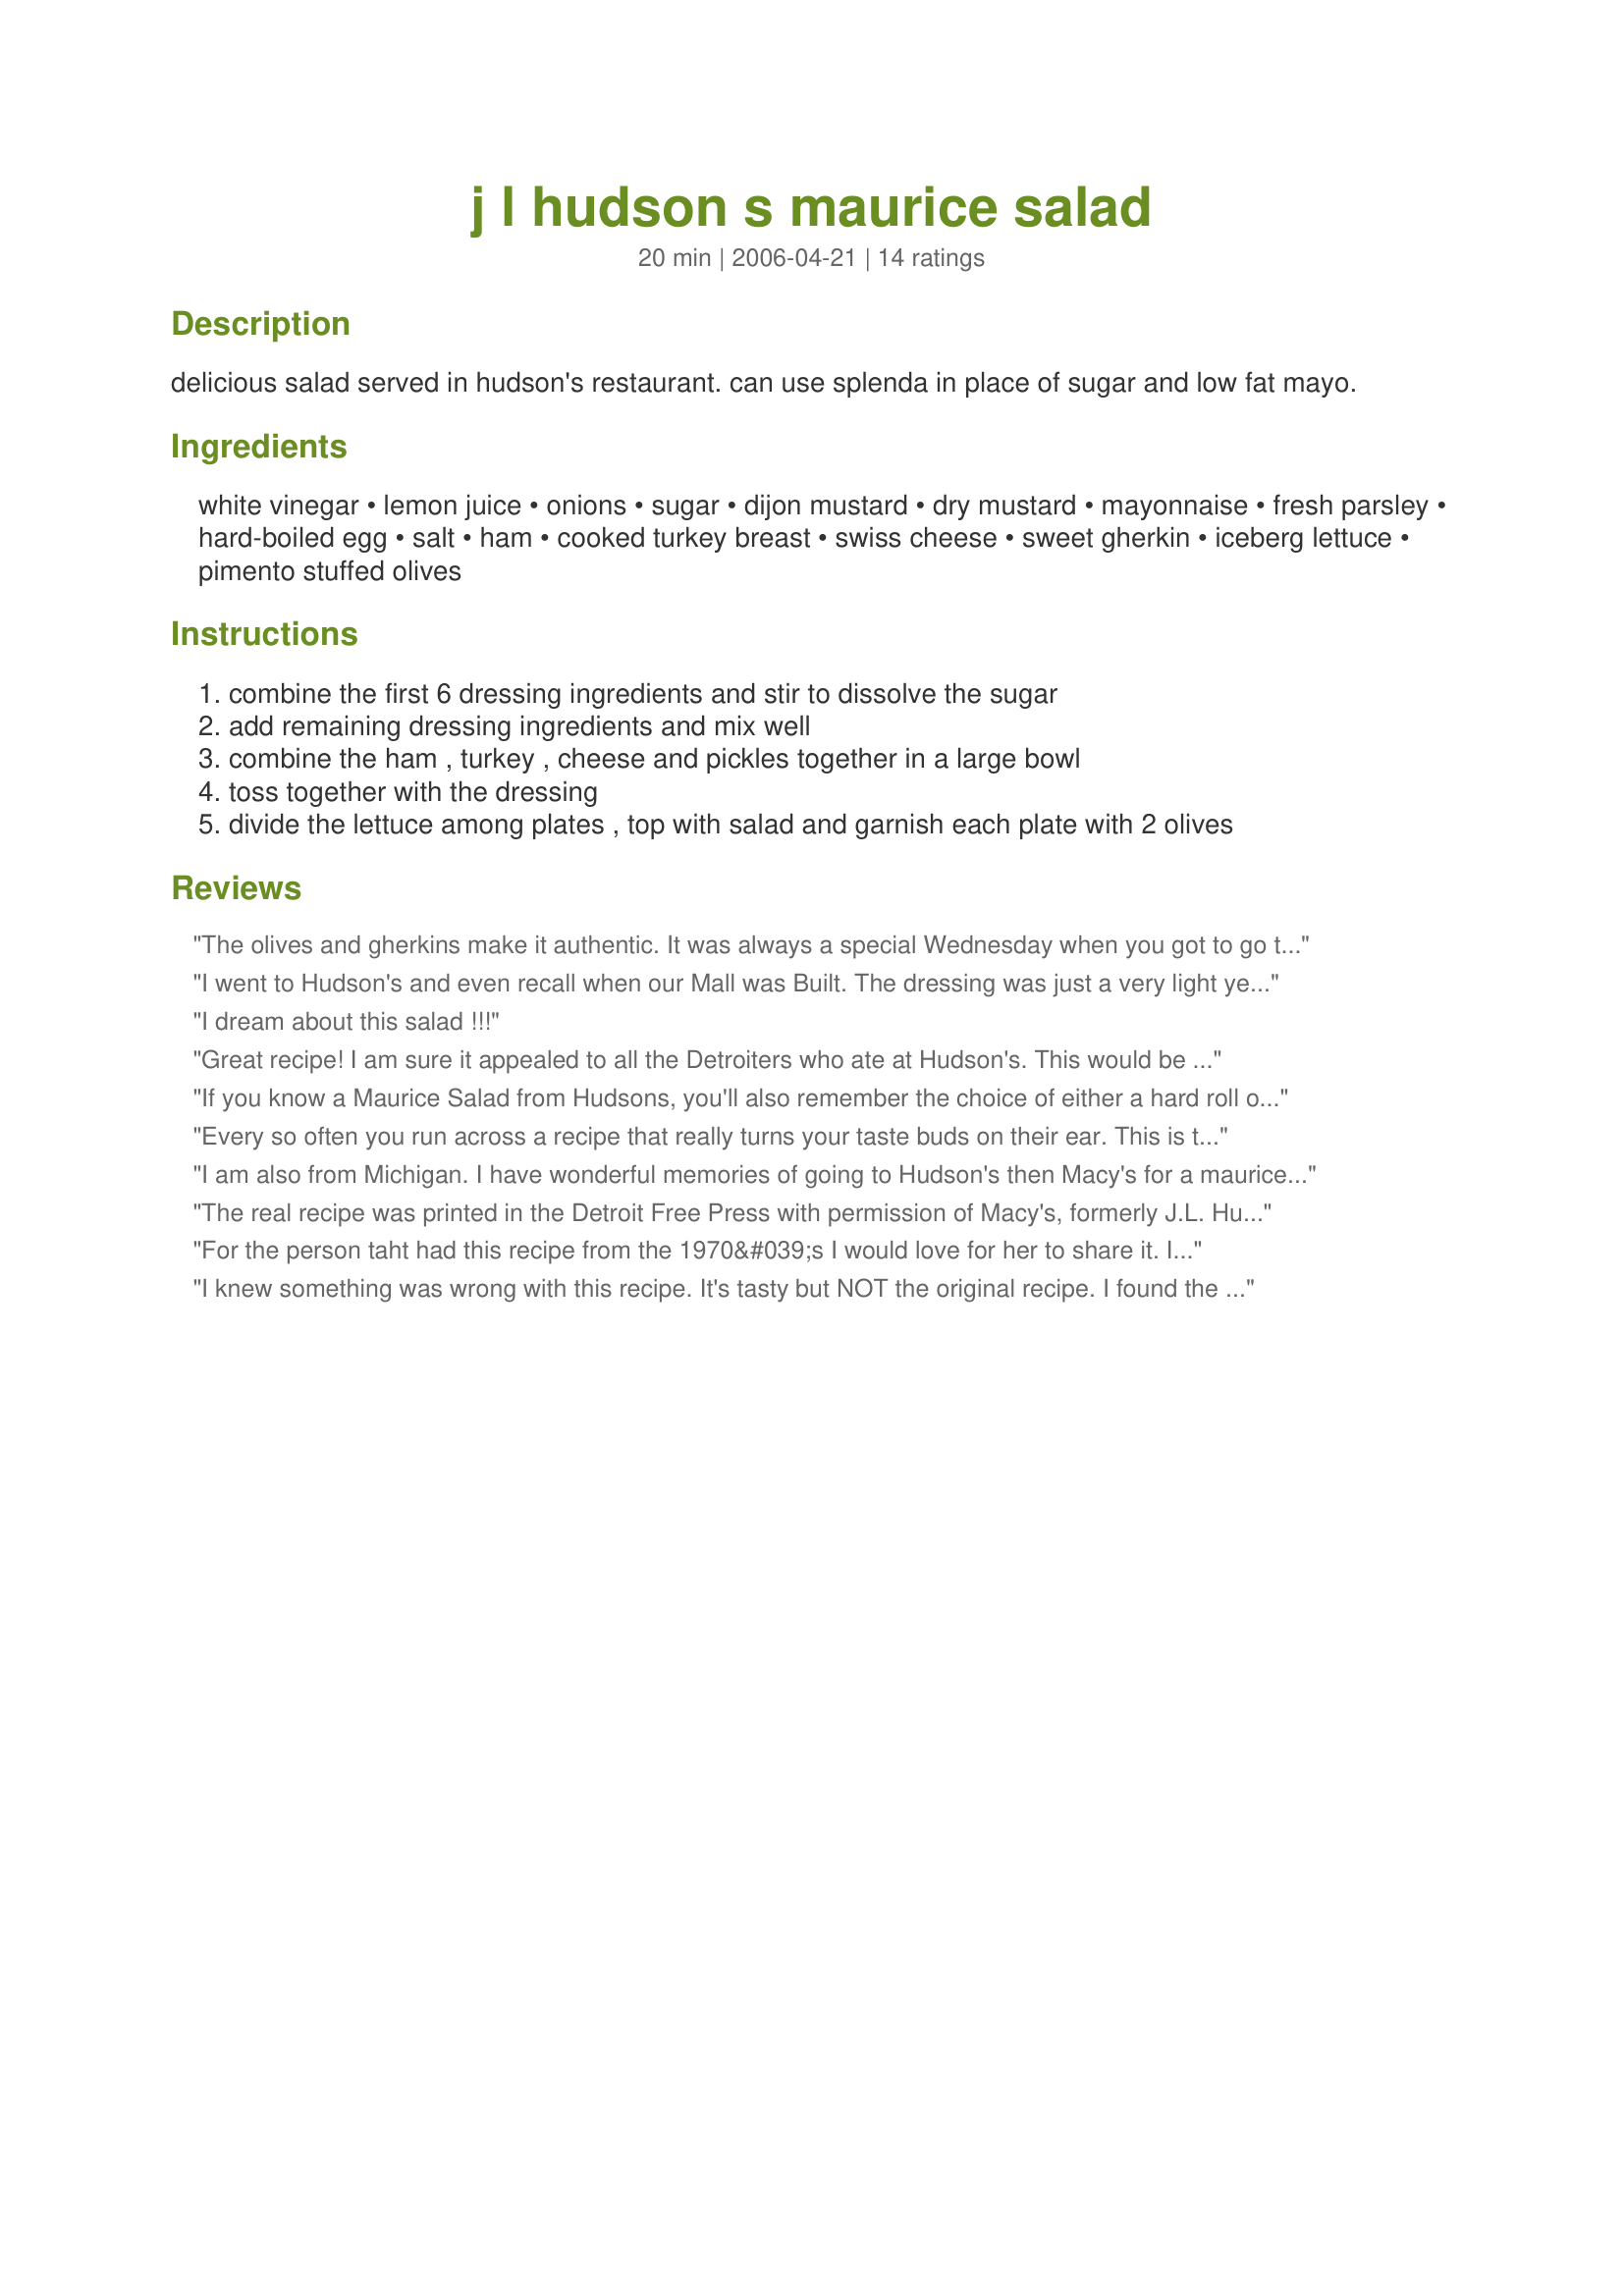
j l hudson s maurice salad
Preparation time: 20 minutes

delicious salad served in hudson's restaurant. can use splenda in place of sugar and low fat mayo.

Ingredients:
white vinegar, lemon juice, onions, sugar, dijon mustard, dry mustard, mayonnaise, fresh parsley, hard-boiled egg, salt, ham, cooked turkey breast, swiss cheese, sweet gherkin, iceberg lettuce, pimento stuffed olives

Steps:
combine the first 6 dressing ingredients and stir to dissolve the sugar
add remaining dressing ingredients and mix well
combine the ham , turkey , cheese and pickles together in a large bowl
toss together with the dressing
divide the lettuce among plates , top with salad and garnish each plate with 2 olives

Reviews:
The olives and gherkins make it authentic. It was always a special Wednesday when you got to go to lunch at Hudson's with Grandma Jane and dine on this salad (and to shop in "The Aisles of Beauty")!
I went to Hudson's and even recall when our Mall was Built. The dressing was just a very light yellow. I do have a recipe some where here. Have had it over 40 years. I do recall having to grate the onion since it asked for juice. The hard boiled egg was chopped very fine so you could not really tell it was there. I had a neighbor that worked the deli and if they had Marcie Salad left she called and I got the 20 per cent off that she got for working there plus the discount since it could not be sold next day. I bet I ate there hundreds if times and 95 per cent of the time it was the salad I ordered. We use to have that than would go down to Sanders for the Ice Cream Puff...we were in heaven. Today I cannot believe I ever ate that much. WOW what the calories. Tonight is going to be Marice Salad..yummy
I dream about this salad !!!
Great recipe! I am sure it appealed to all the Detroiters who ate at Hudson's. This would be a great meal to eat while watching "Mad Men". Loved it, thanks
If you know a Maurice Salad from Hudsons, you'll also remember the choice of either a hard roll or their delicious pop-over rolls.....mmmm-de-lish!
Every so often you run across a recipe that really turns your taste buds on their ear. This is that recipe for me. Such a different combination that makes a normal bunch of ingredients into something really special. This is an excellent lunch salad or light dinner. We used leftover grilled chicken in place of the turkey and I grated the cheese instead of slicing it. Delicious and a recipe I will fall back onto often.
I am also from Michigan. I have wonderful memories of going to Hudson's then Macy's for a maurice salad with the women in my family. This is close but the dressing should be more yellow not white like this turned out. Also it should be thicker, mine seemed runny. It was very close in flavor though. Any pointers out there to make it closer to authentic.
The real recipe was printed in the Detroit Free Press with permission of Macy's, formerly J.L. Hudson. This recpie offers three options. Any one of the three will alter the taste. 1. It makes a big difference if you use onion juice or raw onions. This is the item most people change and if you don't use onion juice you will not replicate the taste. It is the biggest mistake people make with this recipe. 2. The oeigional recipe did not include either/or for the sweetener. It said “sugar,” 3. The original recipe said “mayonnaise,” not “or low fat.” There was not a low-option when this recipe was created. Changing the recipe for a substitute will in every case alter the results. Sour cream was never used in this recipe. I read where someone said that was her mom's recipe. It may have been delicious, but any Detroiter would cringe at that alteration.
For the person taht had this recipe from the 1970&#039;s I would love for her to share it. I worked at Macy&#039;s in the Marketplace and the recipe they listed is what we used. Maybe she is not from Michigan and hasn&#039;t tasted a real Maurice Salad.
I knew something was wrong with this recipe. It's tasty but NOT the original recipe. I found the original in my mother's recipe box. To get that, do the following: Eliminate mustards, lemon, sugar, parsley. Use 1/2 sour creme, 1/2mayo. Use 1teaspoon chopped chives instead of parsley. Use one chopped sweet gherkin instead of sugar. Use a whole chopped sweet onion instead of onion juice. And this is critical: Add one teaspoon Worcestershire sauce. Blend all in blender till smoothe.
wow, the dressing recipe for this is nothing like the original one I have from an early 1970s newspaper clipping,,,,think I&#039;ll stick to mine
I happen to have a copy of the original Dayton's Marshall Field's cookbook. This is the recipe in the book 2 teaspoons white vinegar 1 1/2 teaspoons lemon juice 1 1/2 teaspoons onion juice 1 1/2 teaspoons sugar 1 1/2 teaspoons Dijon mustard 1/4 teaspoon dry mustard 1 cup mayonnaise 2 tablespoons chopped fresh parsley 1 hard cooked egg diced salt to taste
This is IT!!! All my fond memories of our favorite department store! This is my go-to recipe to serve at wedding or baby showers. Add the hard rolls or popovers and a fruit salad and you have a great party.
Follow up, sorry. I just wanted to say, I appreciate turkey and ham. Not honey roasted, not honey ham, just turkey and ham. Also the lettuce being shredded. That is what made that unique. I so appreciate the original version of this!
